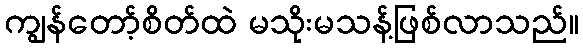
ကျွန်တော့်စိတ်ထဲ မသိုးမသန့်ဖြစ်လာသည်။